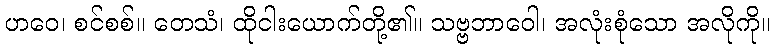
ဟဝေ၊ စင်စစ်။ တေသံ၊ ထိုငါးယောက်တို့၏။ သဗ္ဗဘာဝေါ၊ အလုံးစုံသော အလိုကို။